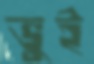
ভুই